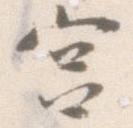
宮